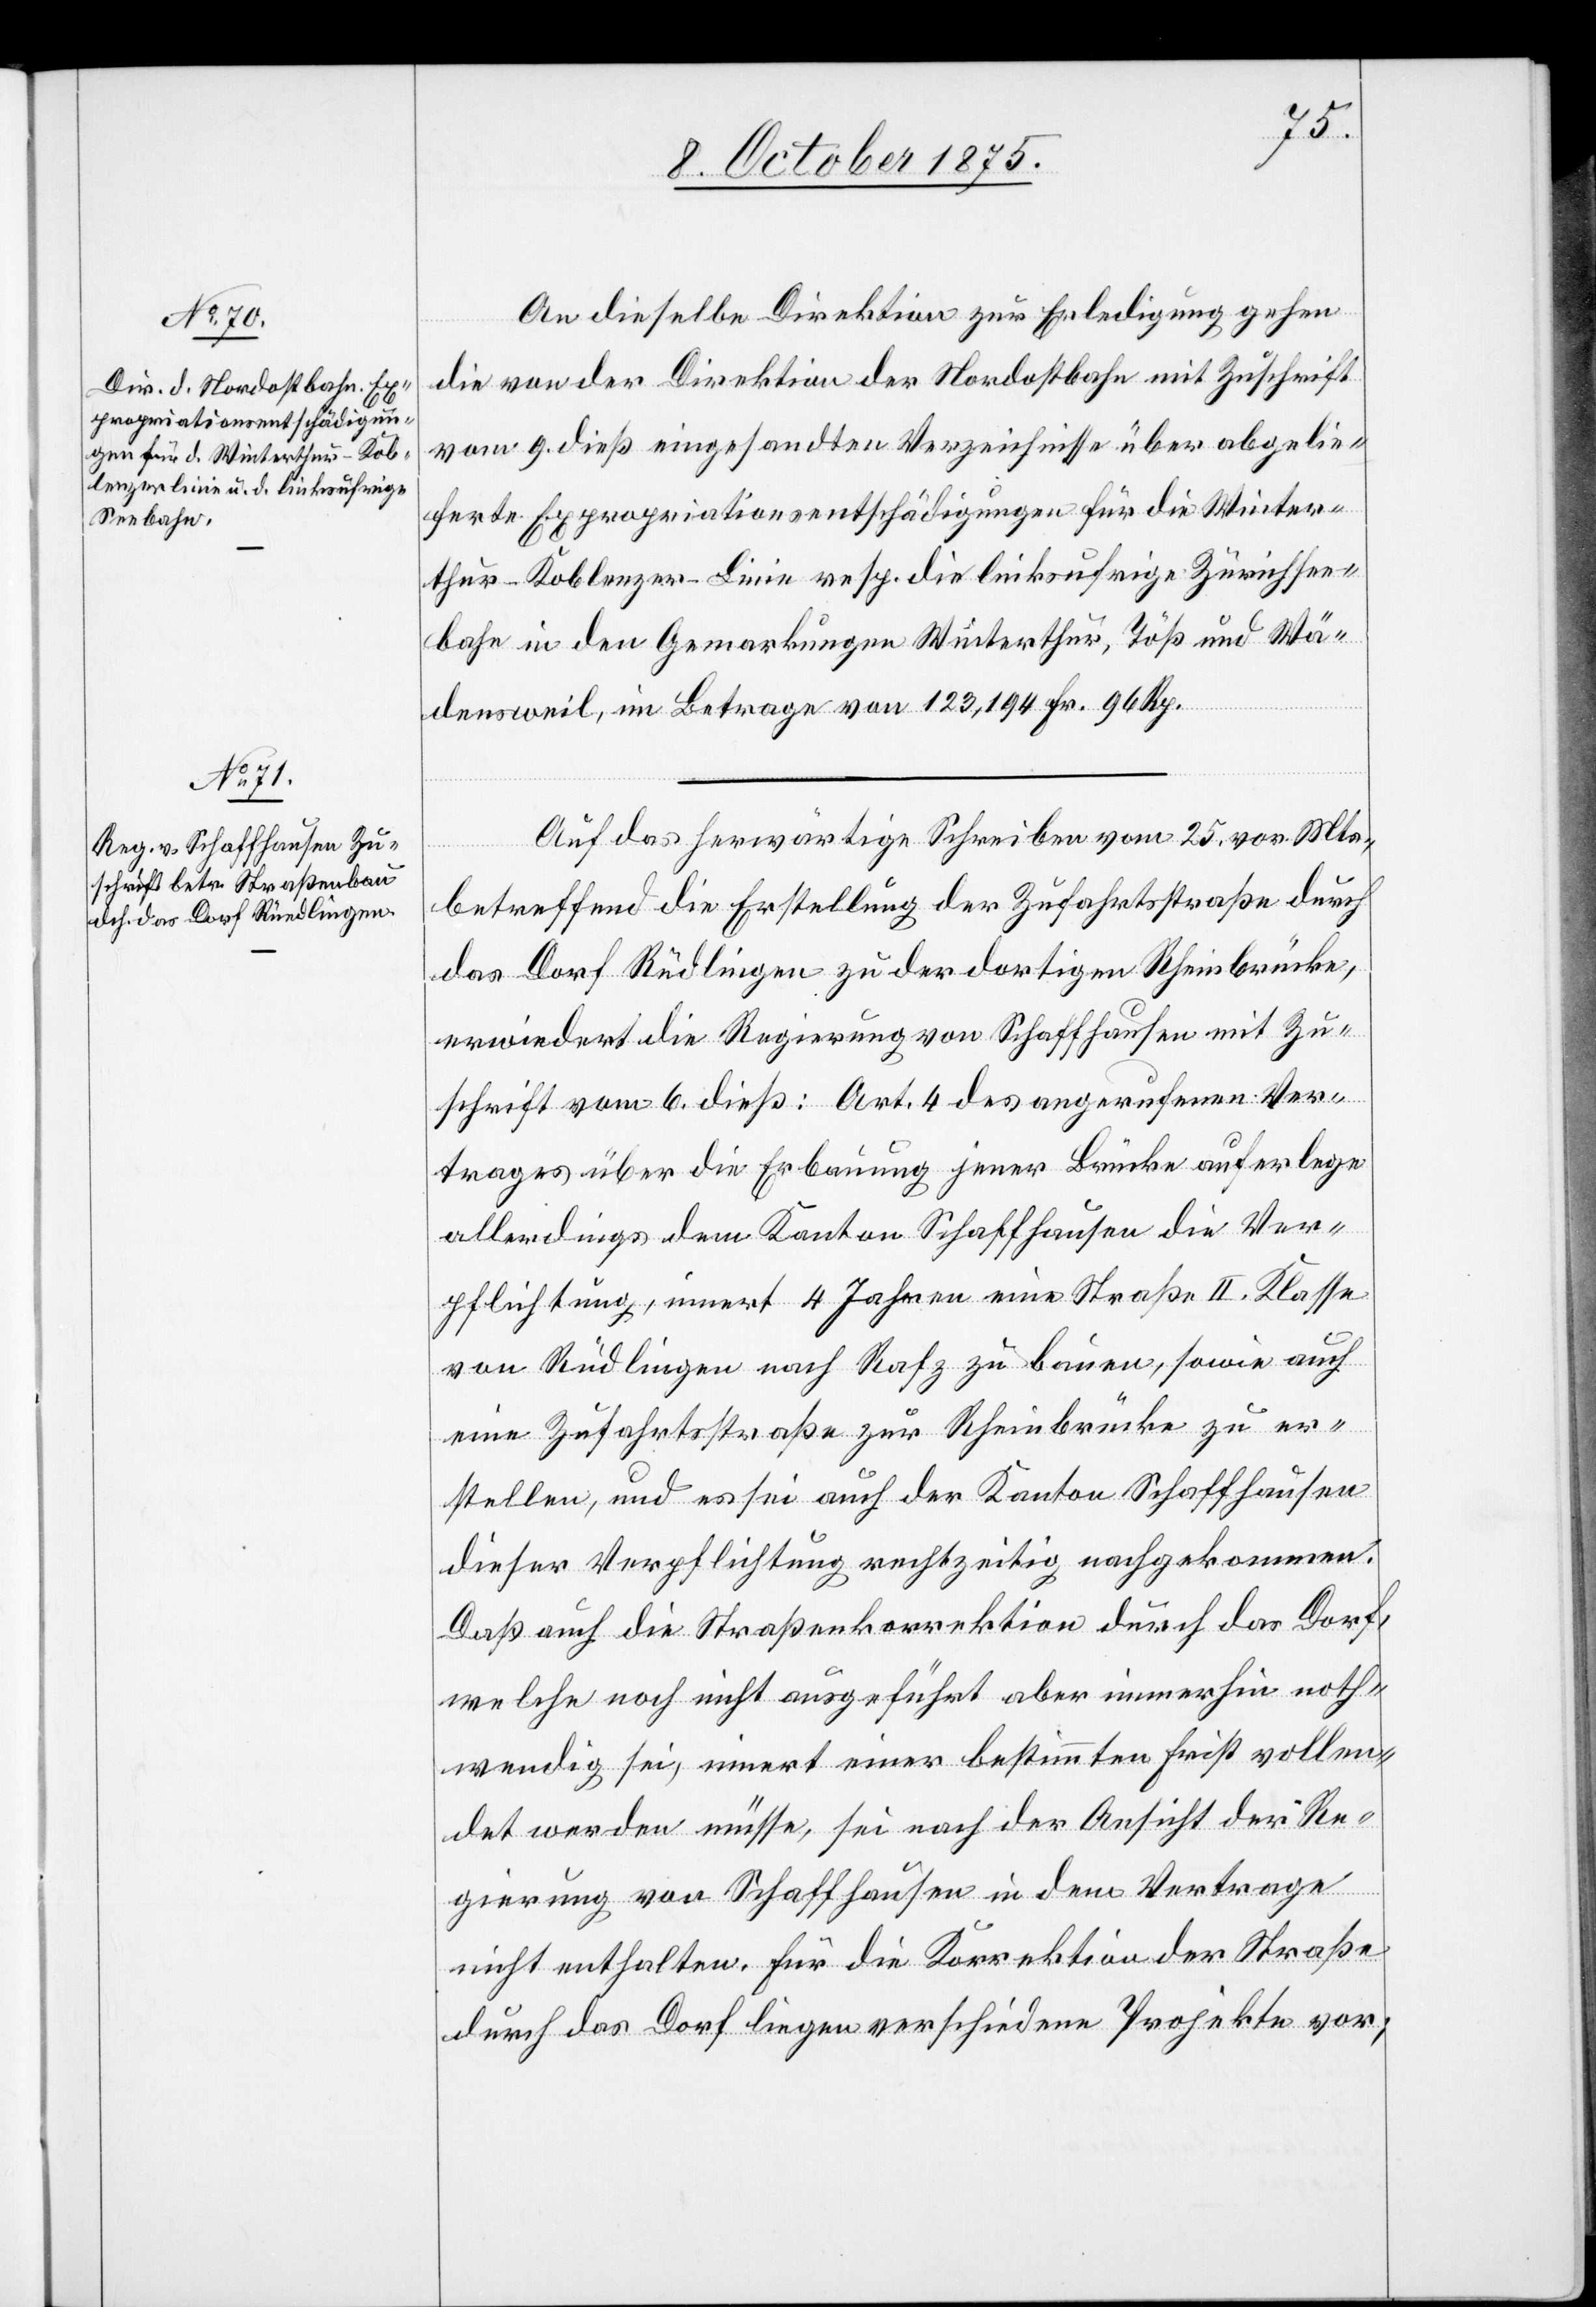
11. October 1875.]
An dieselbe Direktion zur Erledigung gehen
die von der Direktion der Nordostbahn mit Zuschrift
vom 9. dieß eingesandten Verzeichnisse über abgelie¬
ferte Expropriationsentschädigungen für die Winter¬
thur–Koblenzer-Linie resp. die linksufrige Zürichsee¬
bahn in den Gemarkungen Winterthur, Töß und Wä¬
densweil, im Betrage von 123,194 Fr. 96 Rp.
Auf das herwärtige Schreiben vom 25. vor. Mts.,
betreffend die Erstellung der Zufahrtsstraße durch
das Dorf Rüdlingen [sic!] zu der dortigen Rheinbrücke,
erwiedert die Regierung von Schaffhausen mit Zu¬
schrift vom 6. dieß: Art 4 des angerufenen Ver¬
trages über die Erbauung jener Brücke auferlege
allerdings dem Kanton Schaffhausen die Ver¬
pflichtung, innert 4 Jahren eine Straße II. Klasse
von Rüdlingen nach Rafz zu bauen, sowie auch
eine Zufahrtstraße zur Rheinbrücke zu er¬
stellen, und es sei auch der Kanton Schaffhausen
dieser Verpflichtung rechtzeitig nachgekommen.
Daß auch die Straßenkorrektion durch das Dorf,
welche noch nicht ausgeführt aber immerhin noth¬
wendig sei, innert einer bestimmten Frist vollen¬
det werden müsse, sei nach der Ansicht der Re¬
gierung von Schaffhausen in dem Vertrage
nicht enthalten. Für die Korrektion der Straße
durch das Dorf liegen verschiedene Projekte vor;